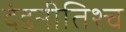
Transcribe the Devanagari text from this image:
दंडनीतिश्च